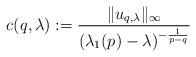
LaTeX: \begin{align*} c(q,\lambda):= \frac{\|u_{q,\lambda}\|_\infty}{(\lambda_1(p)-\lambda)^{-\frac{1}{p-q}}}\end{align*}